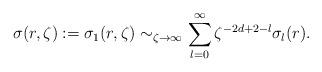
LaTeX: \begin{align*}\sigma(r,\zeta):=\sigma_1(r,\zeta)\sim_{\zeta\to\infty}\sum_{l=0}^\infty\zeta^{-2d+2-l}\sigma_l(r).\end{align*}